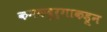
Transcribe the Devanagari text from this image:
कनकदुर्गाकडून